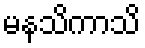
မနသိကာသိ